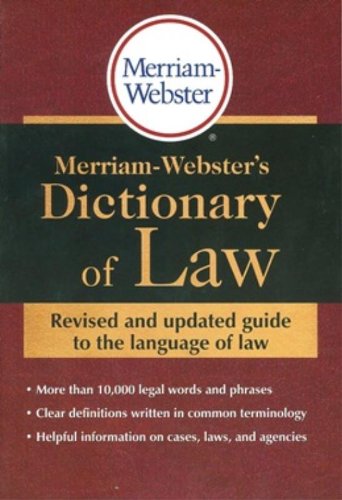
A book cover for Merriam-Webster's Dictionary of Law; Law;